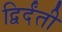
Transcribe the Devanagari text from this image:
द्विर्दंती